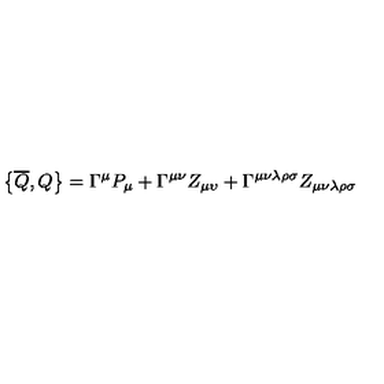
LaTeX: \left\{ \overline { { Q } } , Q \right\} = \Gamma ^ { \mu } P _ { \mu } + \Gamma ^ { \mu \nu } Z _ { \mu \upsilon } + \Gamma ^ { \mu \nu \lambda \rho \sigma } Z _ { \mu \nu \lambda \rho \sigma }